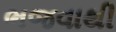
ભજવાથી